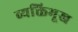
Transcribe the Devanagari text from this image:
व्यक्तिभूख